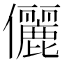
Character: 儷